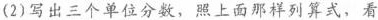
(2)写出三个单位分数，照上面那样列算式，看